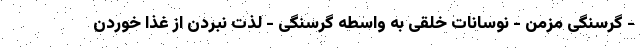
- گرسنگی مزمن - نوسانات خلقی به واسطه گرسنگی - لذت نبردن از غذا خوردن